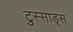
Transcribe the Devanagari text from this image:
टुस्साड्स